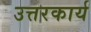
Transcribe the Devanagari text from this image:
उत्तरकार्य